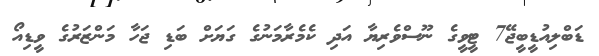
ޑަބްލިއުޑީބީޖޭ7 ޓީވީގެ ނޫސްވެރިޔާ އަދި ކެމެރާމަނުގެ ގަޔަށް ބަޑި ޖަހާ މަންޒަރުގެ ވީޑިއޯ